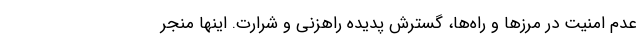
عدم امنیت در مرزها و راه‌ها، گسترش پدیده راهزنی و شرارت. اینها منجر